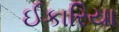
ઈકારિયા